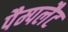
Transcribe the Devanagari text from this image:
पैम्पलैट